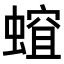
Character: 𧏏